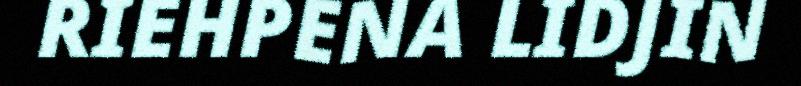
RIEHPENA LIDJIN